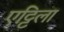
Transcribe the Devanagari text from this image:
एट्टिला